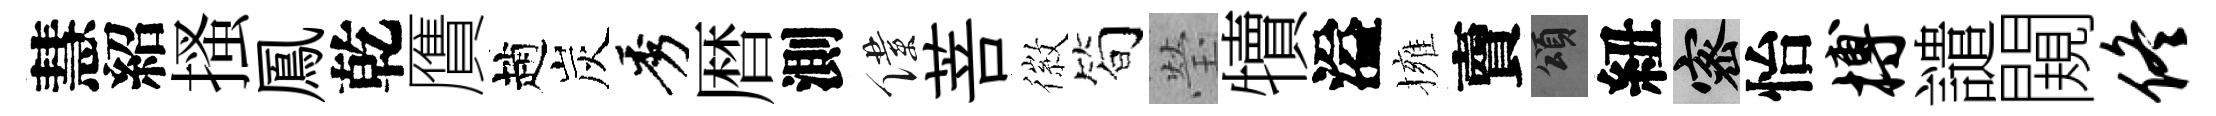
慧紹搔鳳乾贋趙炭秀暦測僕菩徽简瑩犢溢擁𧶠頌紐密怡搏譴闚佟